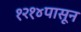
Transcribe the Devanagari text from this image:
१२१४पासून